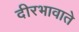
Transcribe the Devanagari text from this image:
दीरभावाते